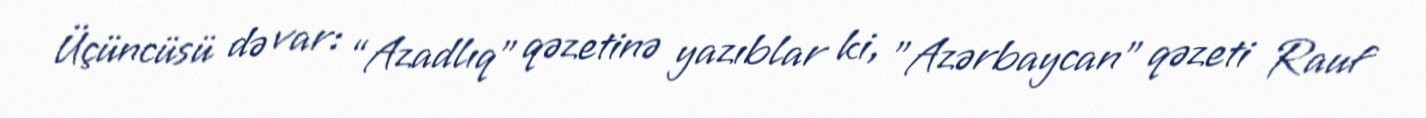
Üçüncüsü də var: “Azadlıq” qəzetinə yazıblar ki, "Azərbaycan" qəzeti Rauf